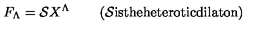
F _ { \Lambda } = { \cal S } X ^ { \Lambda } \quad \quad \left( \mathrm { { \cal S } i s t h e h e t e r o t i c d i l a t o n } \right)